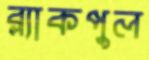
ব্ল্যাকপুল